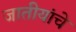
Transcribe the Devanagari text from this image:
जातीयांचे